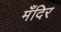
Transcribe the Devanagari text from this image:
मँदिर